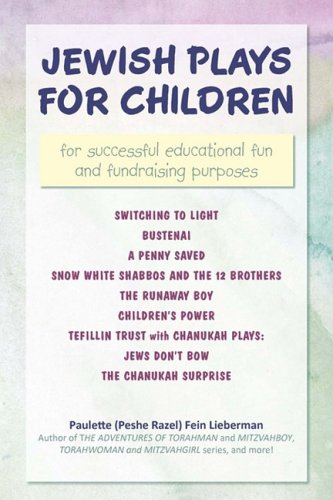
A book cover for Jewish Plays for Children: for successful educational fun and fundraising purposes; Paulette Fein; Teen & Young Adult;